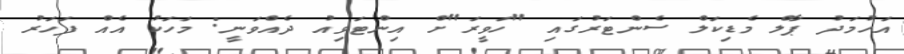
އަހުމަދު ޕާލް މެޑިކަލް ސެންޓަރުގައި "ހަވީރަ"ށް އިންޓަވިއު ދެއްވަނީ: މަހަކު އެއް ފަހަރު